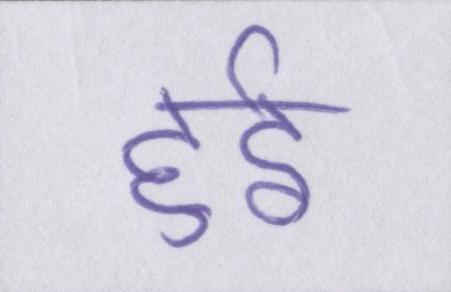
हुईं